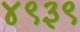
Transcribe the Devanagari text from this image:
४९३९